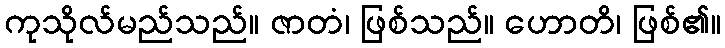
ကုသိုလ်မည်သည်။ ဇာတံ၊ ဖြစ်သည်။ ဟောတိ၊ ဖြစ်၏။